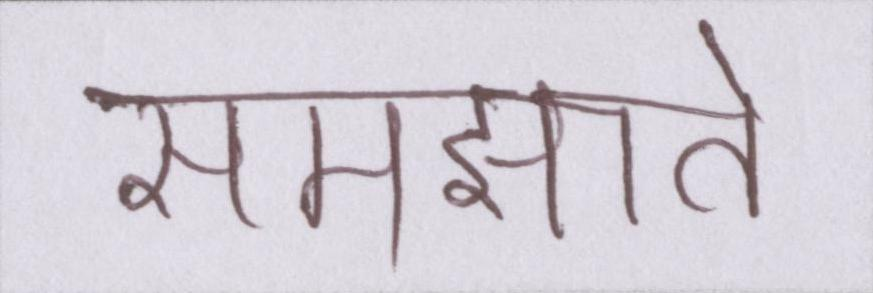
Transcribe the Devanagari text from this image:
समझाते